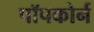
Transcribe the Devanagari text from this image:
पॉपकोर्न